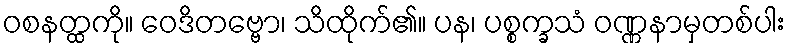
ဝစနတ္ထကို။ ဝေဒိတဗ္ဗော၊ သိထိုက်၏။ ပန၊ ပစ္စက္ခသံ ဝဏ္ဏနာမှတစ်ပါး